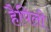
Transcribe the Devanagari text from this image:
हैपिली